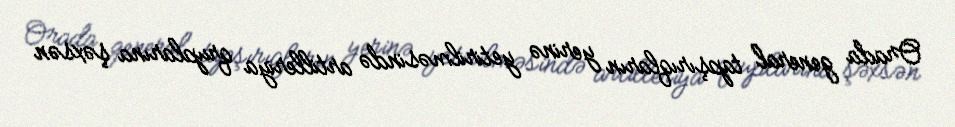
Orada general tapşırıqların yerinə yetirilməsində artilleriya qruplarına şəxsən